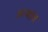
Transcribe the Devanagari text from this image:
अन्यांग